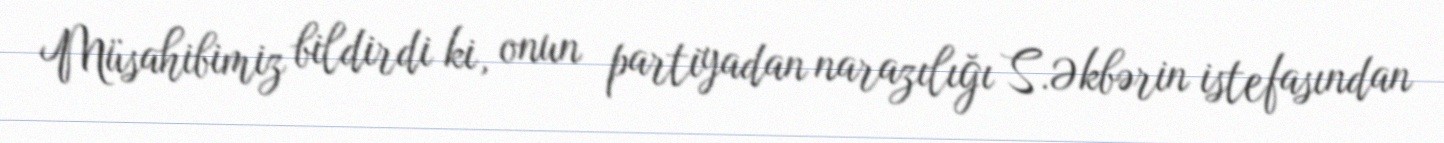
Müsahibimiz bildirdi ki, onun partiyadan narazılığı S.Əkbərin istefasından